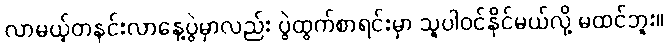
လာမယ့်တနင်းလာနေ့ပွဲမှာလည်း ပွဲထွက်စာရင်းမှာ သူပါဝင်နိုင်မယ်လို့ မထင်ဘူး။